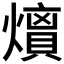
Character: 𭶘